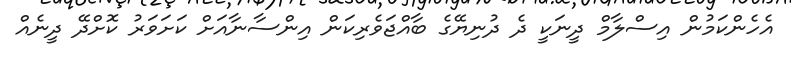
އެހެންކަމުން އިސްލާމް ދީނަކީ ދެ ދުނިޔޭގެ ބާއްޖަވެރިކަން އިންސާނާއަށް ކަށަވަރު ކޮށްދޭ ދީނެއް